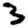
Digit: 3